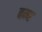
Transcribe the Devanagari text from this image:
बम्‍ब